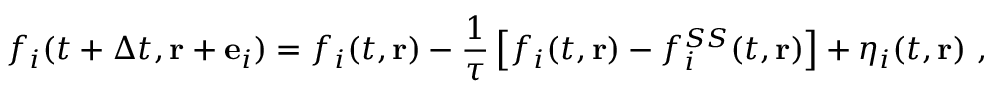
f _ { i } ( t + \Delta t , \mathbf { r } + { \bf e } _ { i } ) = f _ { i } ( t , \mathbf { r } ) - \frac { 1 } { \tau } \left[ f _ { i } ( t , \mathbf { r } ) - f _ { i } ^ { S S } ( t , \mathbf { r } ) \right] + \eta _ { i } ( t , \mathbf { r } ) \ ,